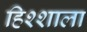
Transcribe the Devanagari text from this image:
हिश्शाला